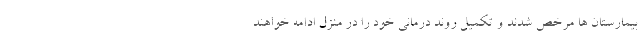
بیمارستان ها مرخص شدند و تکمیل روند درمانی خود را در منزل ادامه خواهند